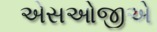
એસઓજીએ